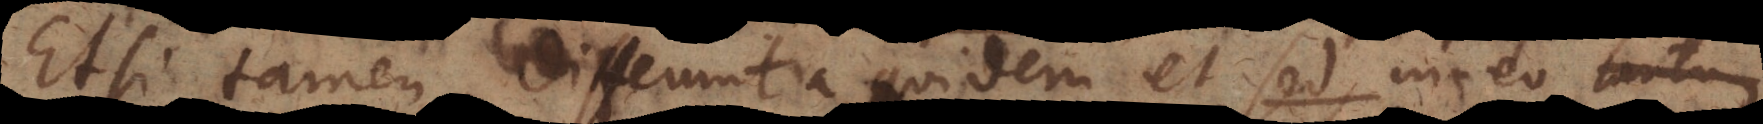
Etsi, tamen differunt a quidem et sed in eo quod